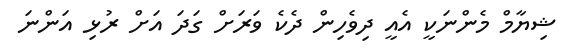
ޝިޔާމް މެންނަކީ އެއީ ދިވެހިން ދެކެ ވަރަށް ގަދަ އަށް ރުޅި އަންނަ